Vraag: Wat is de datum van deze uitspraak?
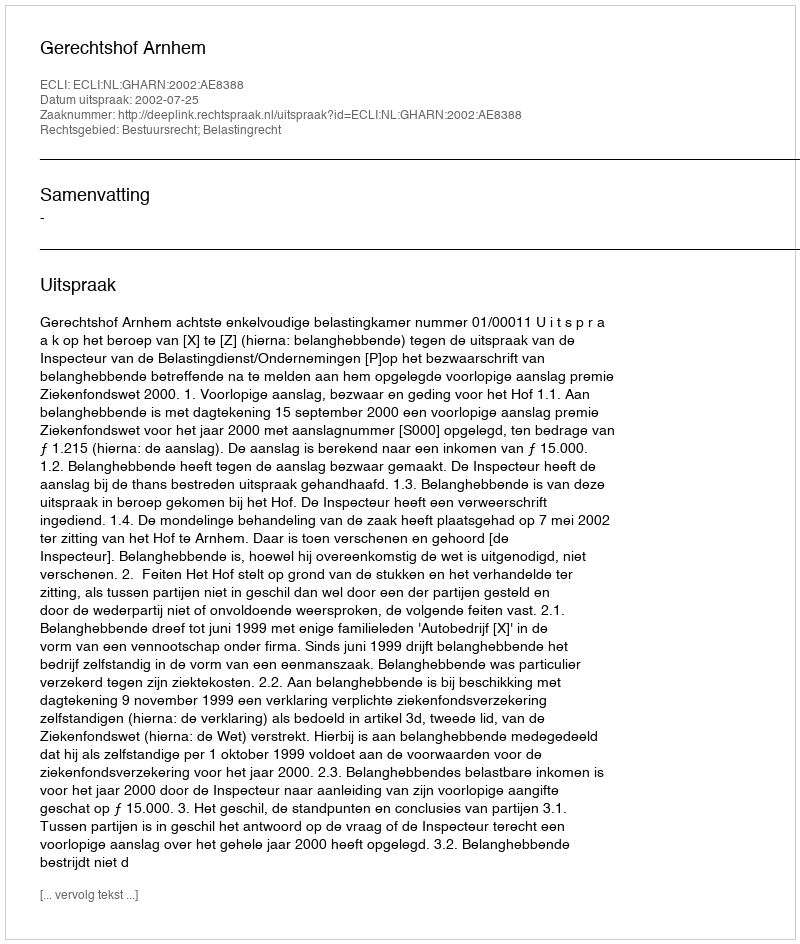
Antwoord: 2002-07-25